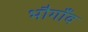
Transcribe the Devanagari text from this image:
भौगाँव